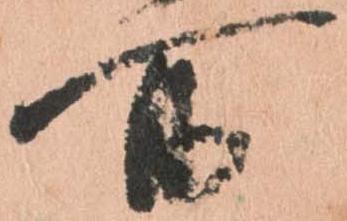
所